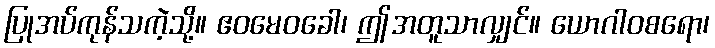
ပြုအပ်ကုန်သကဲ့သို့။ ဧဝမေဝခေါ၊ ဤအတူသာလျှင်။ ယောဂါဝစရော၊